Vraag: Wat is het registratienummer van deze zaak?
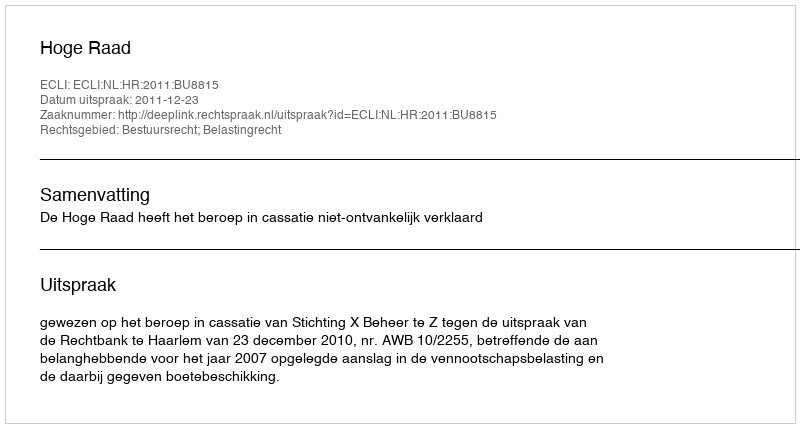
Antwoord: http://deeplink.rechtspraak.nl/uitspraak?id=ECLI:NL:HR:2011:BU8815